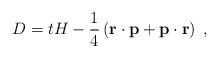
\begin{align*}D= t H - \frac{1}{4} \left( {\bf r} \cdot {\bf p} + {\bf p} \cdot{\bf r} \right) \; ,\end{align*}